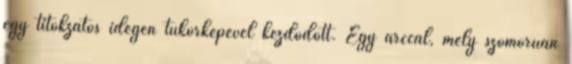
egy titokzatos idegen tükörképével kezdődött. Egy arccal, mely szomorúan